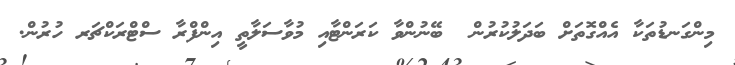
މިންގަނޑުތަކާ އެއްގޮތަށް ބަދަލުކުރުން  ބޭނުންވާ ކަރަންޓާއި މުވާސަލާތީ އިންފްރާ ސްޓްރަކްޗަރ ހުރުން.